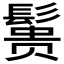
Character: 𱆃